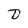
Character: D